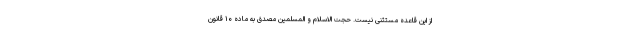
از این قاعده مستثنی نیست. حجت الاسلام و المسلمین مصدق به ماده ۱۰ قانون